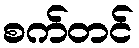
စက်တင်